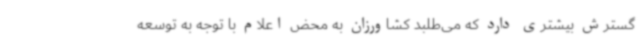
گسترش بیشتری دارد که می‌طلبد کشاورزان به محض اعلام با توجه به توسعه